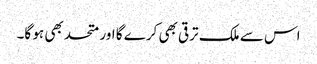
اس سے ملک ترقی بھی کرے گا اور متحد بھی ہو گا۔